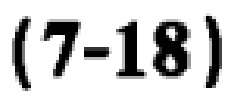
\((7 - 18)\)